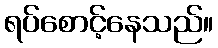
ရပ်စောင့်နေသည်။